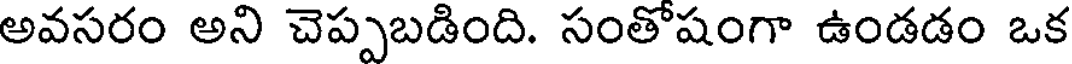
అవసరం అని చెప్పబడింది. సంతోషంగా ఉండడం ఒక